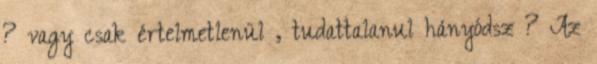
? vagy csak értelmetlenül , tudattalanul hányódsz ? Az